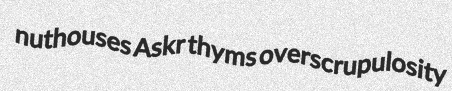
nuthouses Askr thyms overscrupulosity